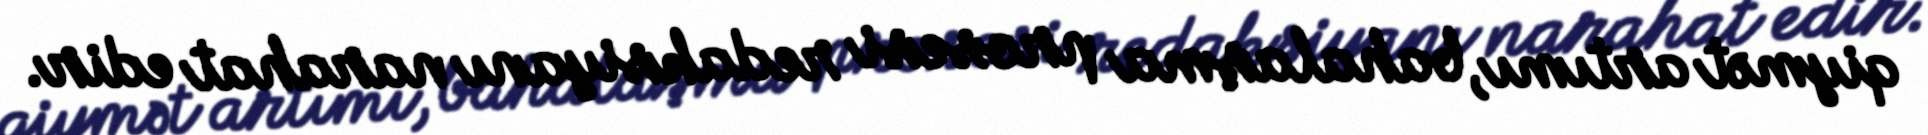
qiymət artımı, bahalaşma prosesi redaksiyanı narahat edir.